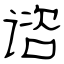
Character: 谘